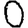
Digit: 0